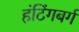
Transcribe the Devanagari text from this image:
हंटिंगबर्ग